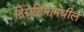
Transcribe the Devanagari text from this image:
हिरोशिमामधील